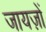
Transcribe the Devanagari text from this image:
जायज़ों